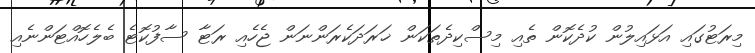
މިރަޓުގައި އަޅައިލުން ކުދެކޮން ތެއި މިސްކިދެތަކަން ޚަރަދަކެރަންނަން ޖެހެއި ރަޓާ ސާފުކޮޓެ ބެލެހޮއްޓަންނެއި